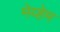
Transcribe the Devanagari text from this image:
मेय्हेम